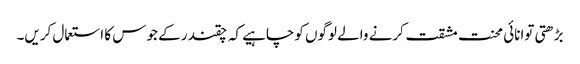
بڑھتی توانائی محنت مشقت کرنے والے لوگوں کوچاہیے کہ چقندر کے جوس کا استعمال کریں۔